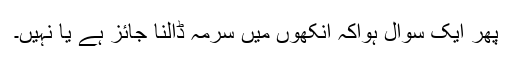
پھر ایک سوال ہواکہ آنکھوں میں سرمہ ڈالنا جائز ہے یا نہیں۔